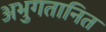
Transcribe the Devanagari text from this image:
अभुगतानित